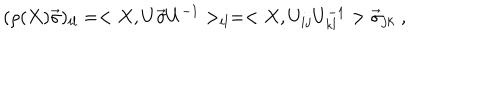
( \rho ( X ) \vec { \sigma } ) _ { i l } = < X , U \vec { \sigma } U ^ { - 1 } > _ { i l } = < X , U _ { i j } U _ { k l } ^ { - 1 } > \vec { \sigma } _ { j k } \; ,